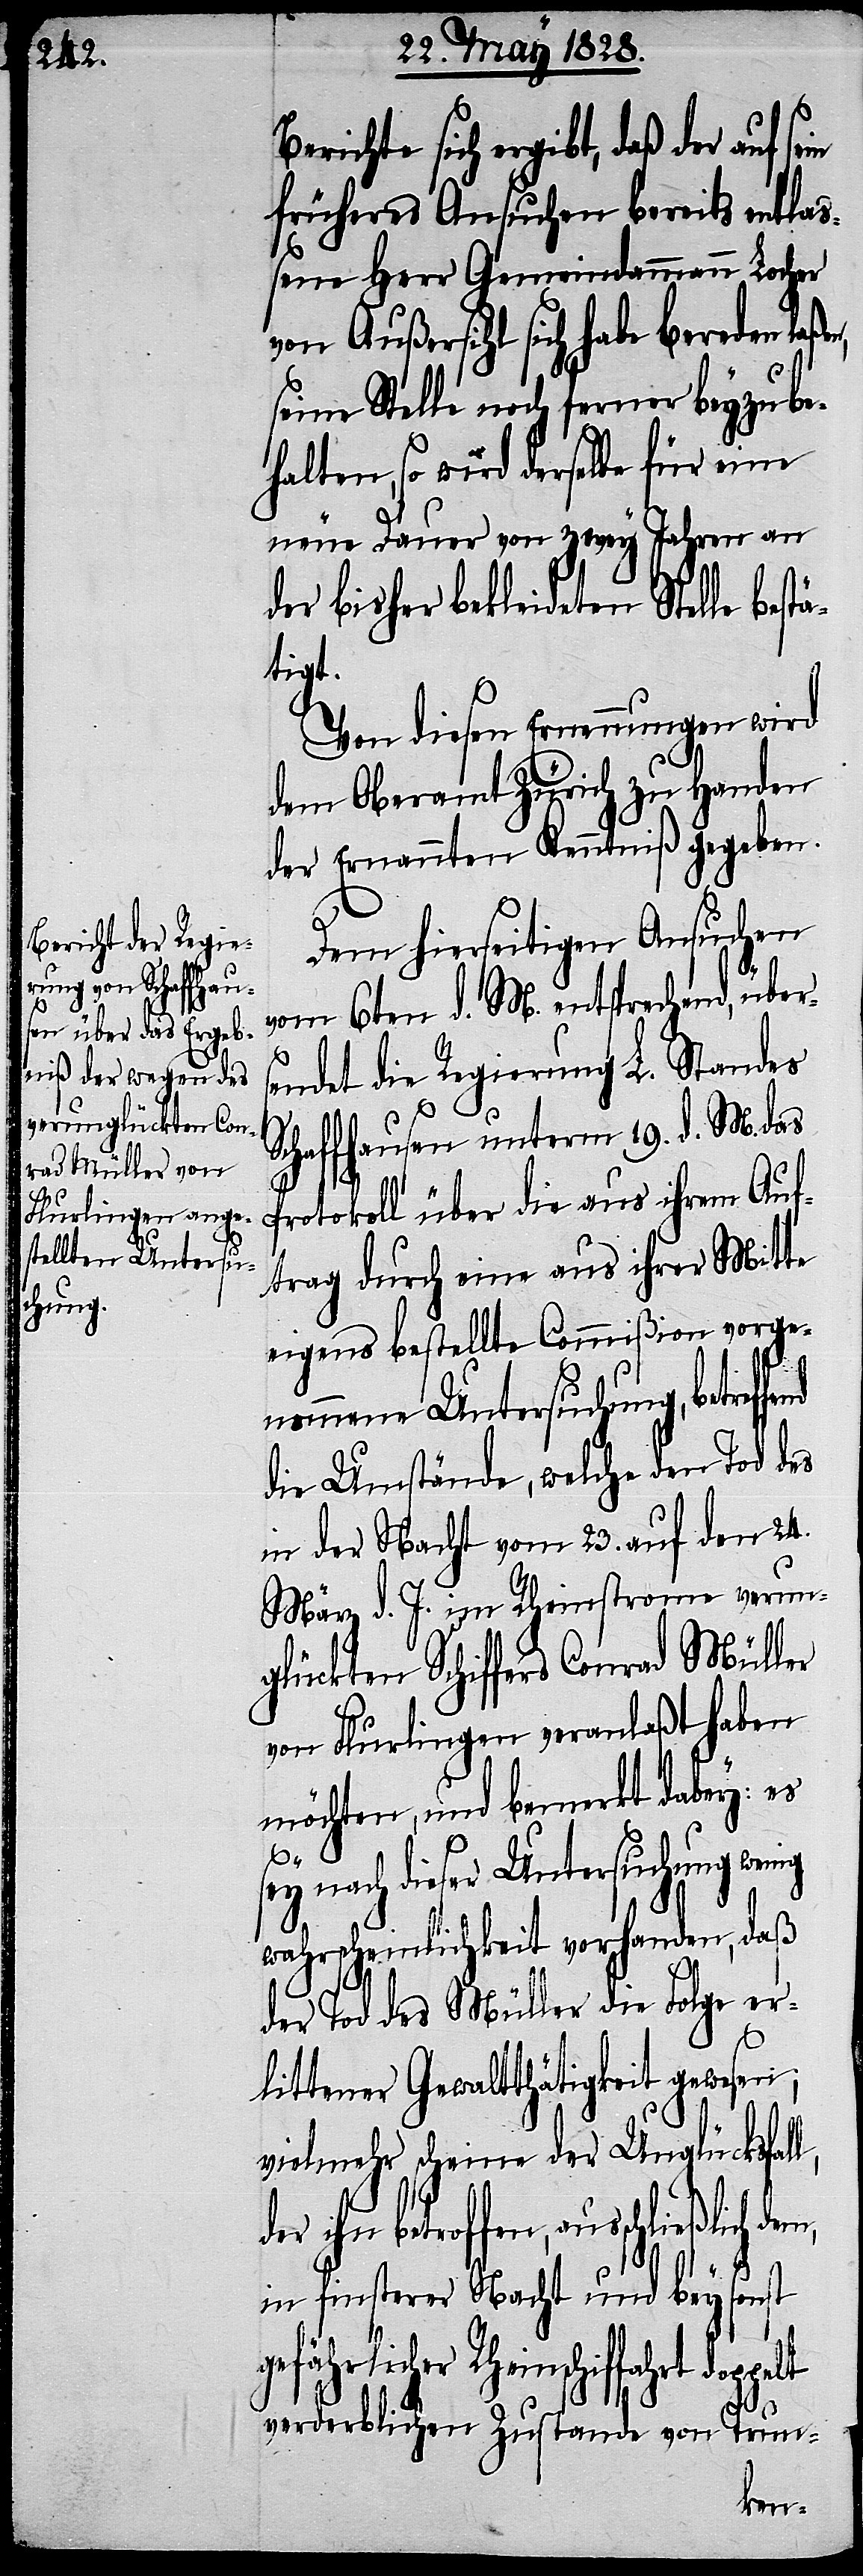
Berichte sich ergibt, daß der auf
früheres Ansuchen bereits entlaß¬
ene Herr Gemeindammann Locher
von Außersihl sich habe bereden
seine Stelle noch ferner beyzube¬
halten, so wird derselbe für eine
neue Dauer von zwey Jahren an
der bisher bekleideten Stelle best¬
ätigt
Von diesen Ernennungen wird
dem Oberamt Zürich zu Handen
der Ernannten Kenntniß geben.
Dem hierseitigen Ansuchen
vom 6ten d. M. entsprechend, übe¬
ndet die Regierung L. Standes
Schaffhausen unterm 19. d. M. das
Protokoll über die aus ihrem Auf¬
trag durch eine aus ihrer Mitte
eigens bestellte Commißion vorge¬
nommene Untersuchung, betref¬
die Umstände, welche den Tod des
in der Nacht vom 23. auf den 24.
März d. J. im Rheinstrome verun¬
glückten Schiffers Conrad Müller
von Flurlingen veranlaßt haben
möchten, und bemerkt dabey; es
rse¬
sey nach dieser Untersuchung wenig
wahrscheinlichkeit vorhanden, daß
der Tod des Müller die Folge er¬
littener Gewaltthätigkeit gewesen;
vielmehr scheine der Unglücksfall,
ihn betroffen, ausschließlich
in finsterer Nacht und bey sonst
gefährlicher Rheinschiffahrt
verderblichen Zustande von Trun-
fend